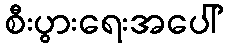
စီးပွားရေးအပေါ်